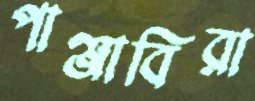
পাঞ্জাবিরা